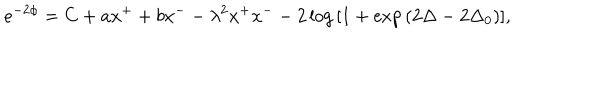
e ^ { - 2 \phi } = C + a x ^ { + } + b x ^ { - } - \lambda ^ { 2 } x ^ { + } x ^ { -- } 2 \log { [ 1 + \exp { ( 2 \Delta - 2 \Delta _ { 0 } ) } ] } ,